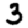
Digit: 3